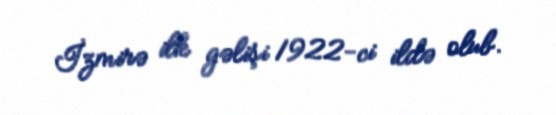
İzmirə ilk gəlişi 1922-ci ildə olub.